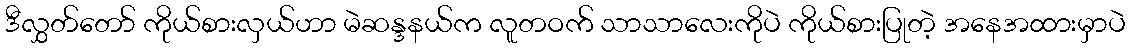
ဒီလွှတ်တော် ကိုယ်စားလှယ်ဟာ မဲဆန္ဒနယ်က လူတဝက် သာသာလေးကိုပဲ ကိုယ်စားပြုတဲ့ အနေအထားမှာပဲ